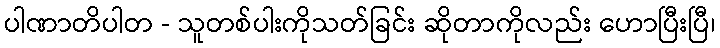
ပါဏာတိပါတ - သူတစ်ပါးကိုသတ်ခြင်း ဆိုတာကိုလည်း ဟောပြီးပြီ၊